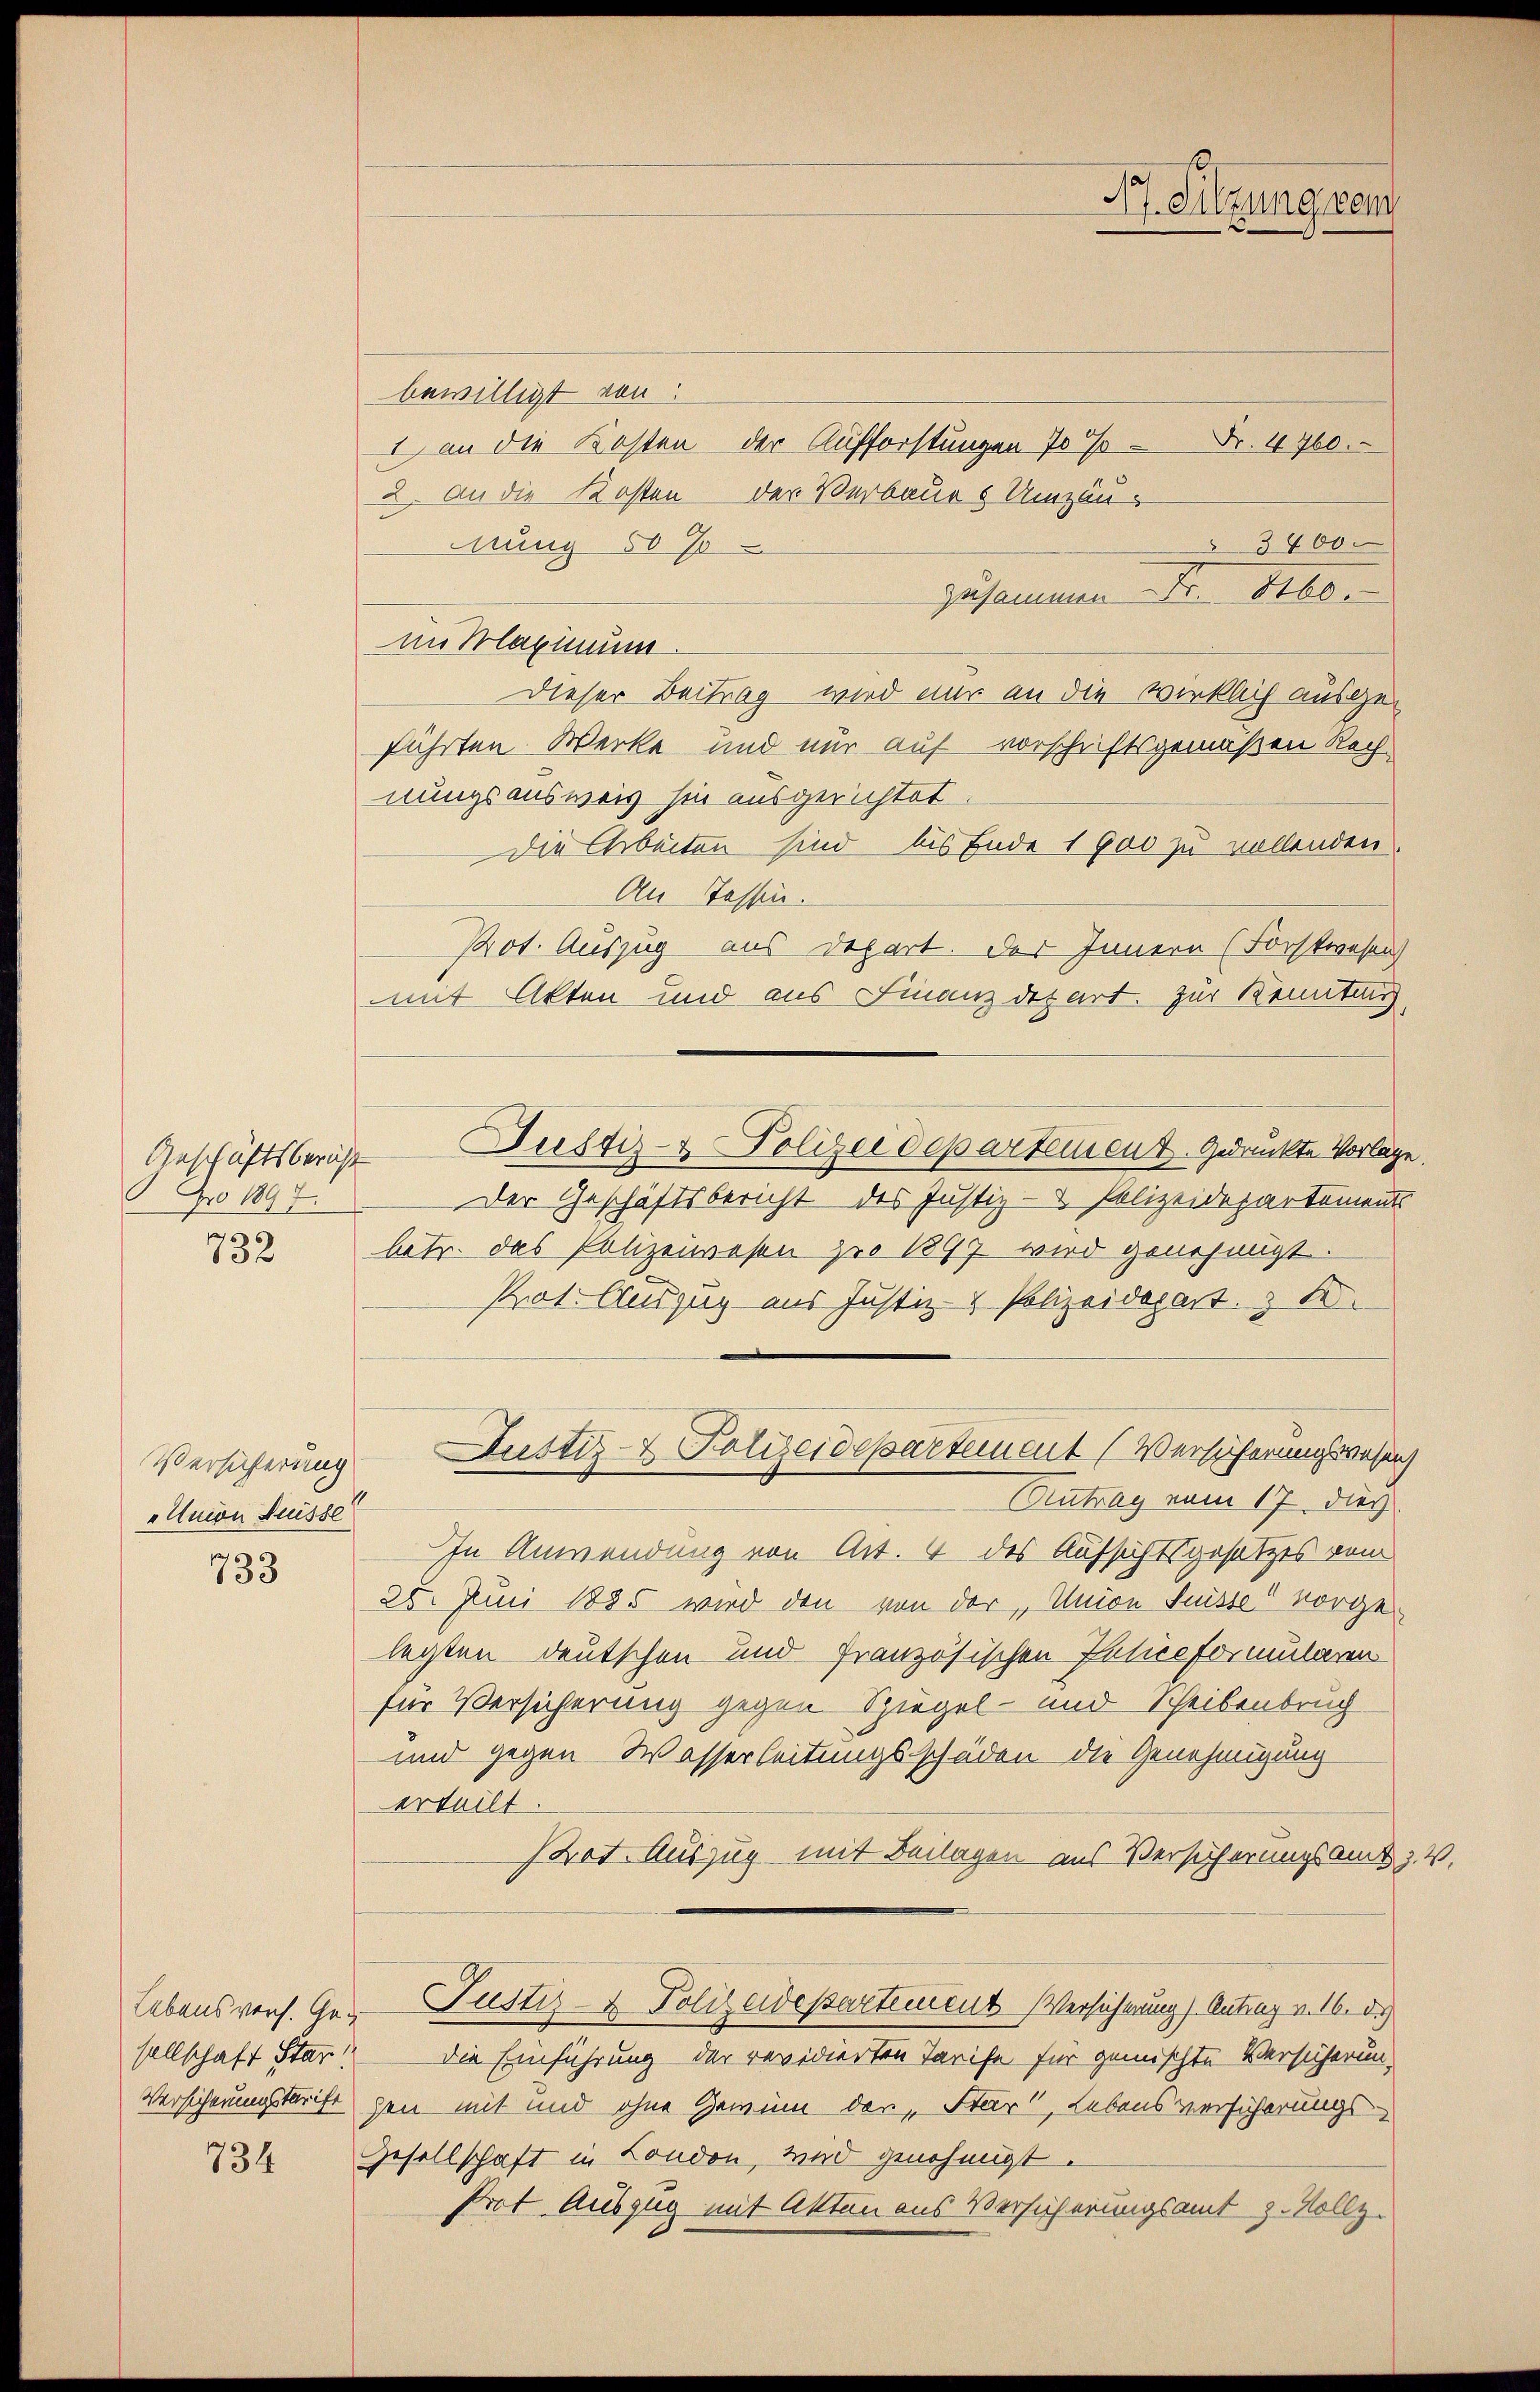
pro 1897.
732

Versicherung
Union desse

733

734

sellschaft Star!

bewilligt von
I an die Kosten der Aufforstungen 70 % Fr. 4760.
2. An die Kosten der Verbau & Umzäu¬
3400.
dung 50%
zusammen Fr. 860.
Dieser Beitrag wird nur an die wirklich ausgeführten Werke und nur auf vorschriftsgemäßen Rech
nungsausweis sie ausgerichtet.
Die Arbeiten sind bis Ende 1900 zu vollenden.
An Tessin.
Prot. Auszug aus Depart. Der Innern (Forstwesen
mmit Akten und aus Finanzdepart. Zur Kenntnis,
Geschäftsbergst Dustiz- & Polizeidepartement gedruckte Vorlage.
Der Geschäftsbericht des Justiz- & Polizeidepartement
betr. das Polizeiwesen pro 1897 wird genehmigt.
Prat. Auszug aus Justiz- & Polizeidepart. 3 2.
Justiz- & Polizeidepartement (Verhöferungsgesuch
Eintrag vom 17. dies
In Anwendung von Art. 4 des Aufsichtsgesetzes vom
25. Juni 1885 wird den von der „Union Frister vorgelegten Deutschen und französischen Inticeformularen
für Versicherung gegen Spiegel- und Scheibenbruch
und gegen Wasserleitungsschäden die Genehmigung
erteilt
Prot. Auszug mit Beilagen aus Versicherungsamt z. V.
lebensvers. Ge- Pustiz- & Polizeidepartement Versicherung) Antrag v. 16. d.
Die Einführung der revidierten Tarife für gemischte Versicherun¬
Versicherungstarift gen mit und ohne Gewin der „Star“, Lebensversicherungs¬
Gesellschaft in London, wird genehmigt.
Prot Auszug mit Akten aus Versicherungsamt z. Vollz

im Maximum

A. Sitzung vom